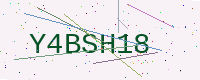
Text: Y4BSH18